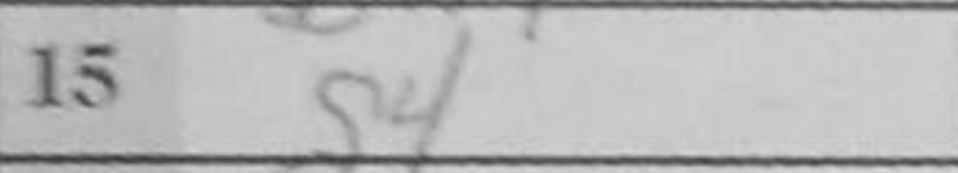
Transcription: g4